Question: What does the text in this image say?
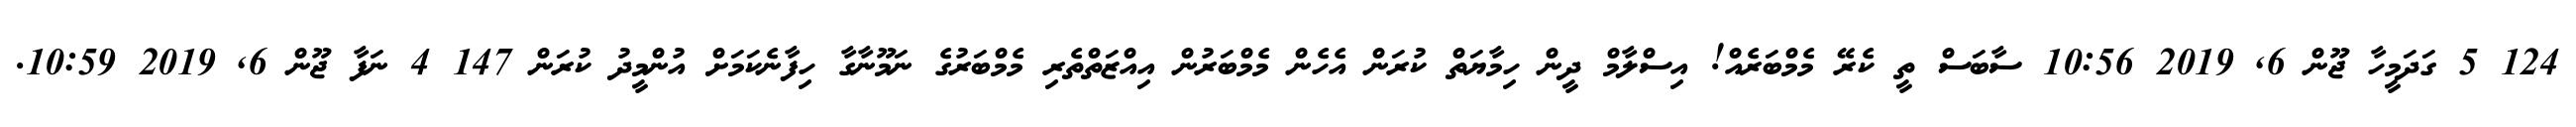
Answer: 124 5 ގަދަމީހާ ޖޫން 6, 2019 10:56 ސާބަސް ތީ ކެރޭ މެމްބަރެއް! އިސްލާމް ދީން ހިމާޔަތް ކުރަން އެހެން މެމްބަރުން އިއްޒަތްތެރި މެމްބަރުގެ ނަމޫނާގާ ހިފާނެކަމަށް އުންމީދު ކުރަން 147 4 ނަފާ ޖޫން 6, 2019 10:59.